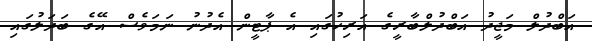
އަބްދުލް މަޖީދު އަބްދުލްބާރީގެ އަރިހުގައި އެ ޕާޓީން އެދުނު ނަމަވެސް އޭގެ ބަދަލުގައި